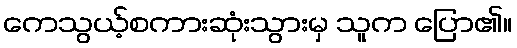
ကေသွယ့်စကားဆုံးသွားမှ သူက ပြော၏။